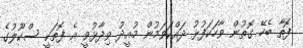
ފޮތާ ބެހޭ ގޮތުން ވާހަކަފުޅު ދައްކަވަމުން މުއީދު ވިދާޅުވީ އެ ފޮތަކީ ސްކޫލުގެ